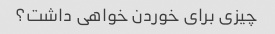
چیزی برای خوردن خواهی داشت؟